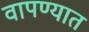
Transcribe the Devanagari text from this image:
वापण्यात